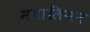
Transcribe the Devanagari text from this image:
ममालियन